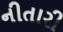
નીતારી